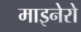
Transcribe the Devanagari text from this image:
माइनेरो